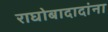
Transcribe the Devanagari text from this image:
राघोबादादांना